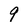
Character: 9